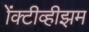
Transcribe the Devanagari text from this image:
ॲक्टीव्हीझम